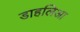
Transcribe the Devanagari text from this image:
डाहलिआ